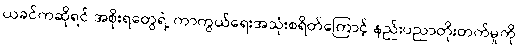
ယခင်ကဆိုရင် အစိုးရတွေရဲ့ ကာကွယ်ရေးအသုံးစရိတ်ကြောင့် နည်းပညာတိုးတက်မှုကို